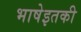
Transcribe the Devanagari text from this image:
भाषेइतकी